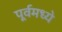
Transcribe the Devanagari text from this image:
पूर्वमध्ये